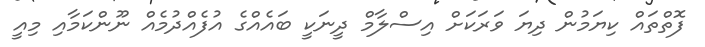
ފޮތްތައް ކިޔަމުން ދިޔަ ވަރަކަށް އިސްލާމް ދީނަކީ ބައެއްގެ އުފެއްދުމެއް ނޫންކަމާއި މިއީ